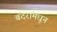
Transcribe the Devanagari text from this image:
बंदरांमधून